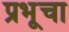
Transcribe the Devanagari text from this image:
प्रभूचा